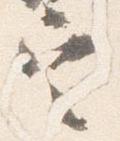
定